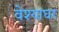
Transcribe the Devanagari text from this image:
वेश्याघर